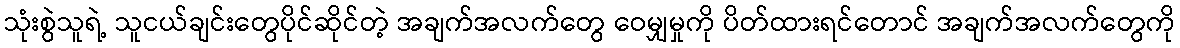
သုံးစွဲသူရဲ့ သူငယ်ချင်းတွေပိုင်ဆိုင်တဲ့ အချက်အလက်တွေ ဝေမျှမှုကို ပိတ်ထားရင်တောင် အချက်အလက်တွေကို